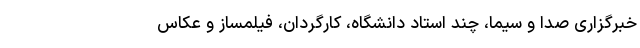
خبرگزاری صدا و سیما، چند استاد دانشگاه، کارگردان، فیلمساز و عکاس